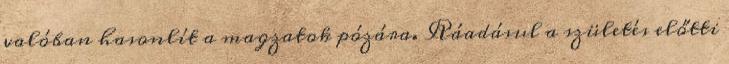
valóban hasonlít a magzatok pózára. Ráadásul a születés előtti